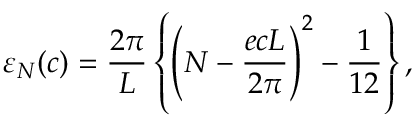
{ \varepsilon } _ { N } ( c ) = \frac { 2 \pi } { L } \left\{ \left( N - \frac { e c L } { 2 \pi } \right) ^ { 2 } - \frac { 1 } { 1 2 } \right\} ,